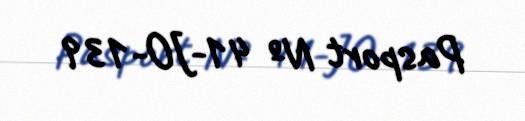
Pasport № 41-JO-139